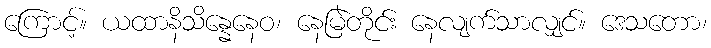
ကြောင့်။ ယထာနိသိန္နေနေဝ၊ နေမြဲတိုင်း နေလျက်သာလျှင်။ ဒေသတော၊